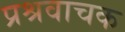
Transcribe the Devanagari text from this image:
प्रश्रवाचक